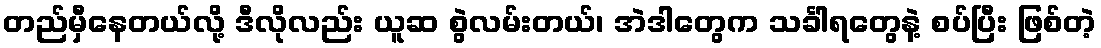
တည်မှီနေတယ်လို့ ဒီလိုလည်း ယူဆ စွဲလမ်းတယ်၊ အဲဒါတွေက သင်္ခါရတွေနဲ့ စပ်ပြီး ဖြစ်တဲ့